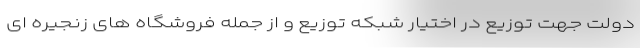
دولت جهت توزیع در اختیار شبکه توزیع و از جمله فروشگاه های زنجیره ای